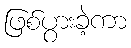
ဖြစ်ပွားခဲ့ကာ